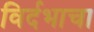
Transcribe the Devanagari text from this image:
विर्दभाचा